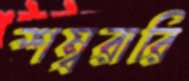
শম্বরারি